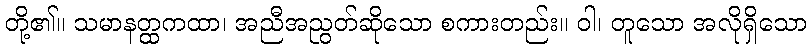
တို့၏။ သမာနတ္ထကထာ၊ အညီအညွတ်ဆိုသော စကားတည်း။ ဝါ၊ တူသော အလိုရှိသော